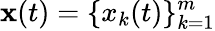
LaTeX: \mathbf{x}(t)=\{ x_{k}(t)\} _{k=1}^{m}